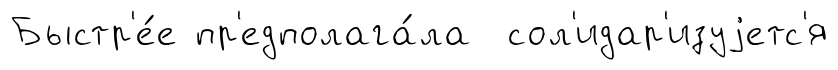
Быстр'е́е пр'едполага́ла сол'идар'изуjетс'я